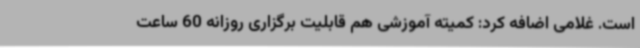
است. غلامی اضافه کرد: کمیته آموزشی هم قابلیت برگزاری روزانه 60 ساعت